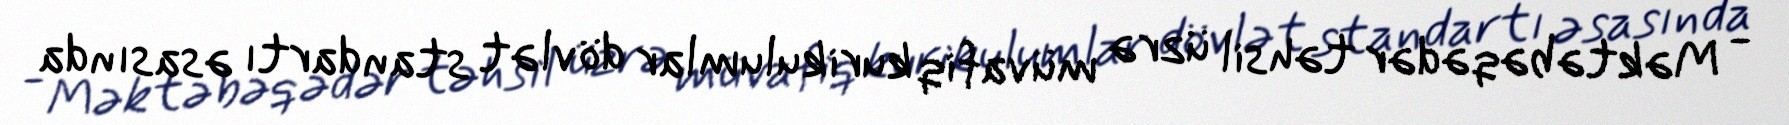
- Məktəbəqədər təhsil üzrə müvafiq kurikulumlar dövlət standartı əsasında